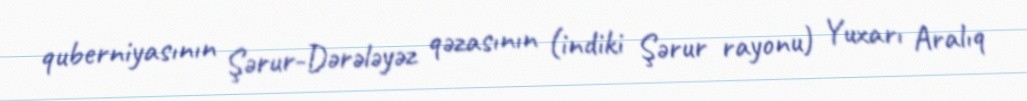
quberniyasının Şərur-Dərələyəz qəzasının (indiki Şərur rayonu) Yuxarı Aralıq